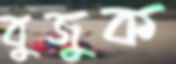
বুজুক